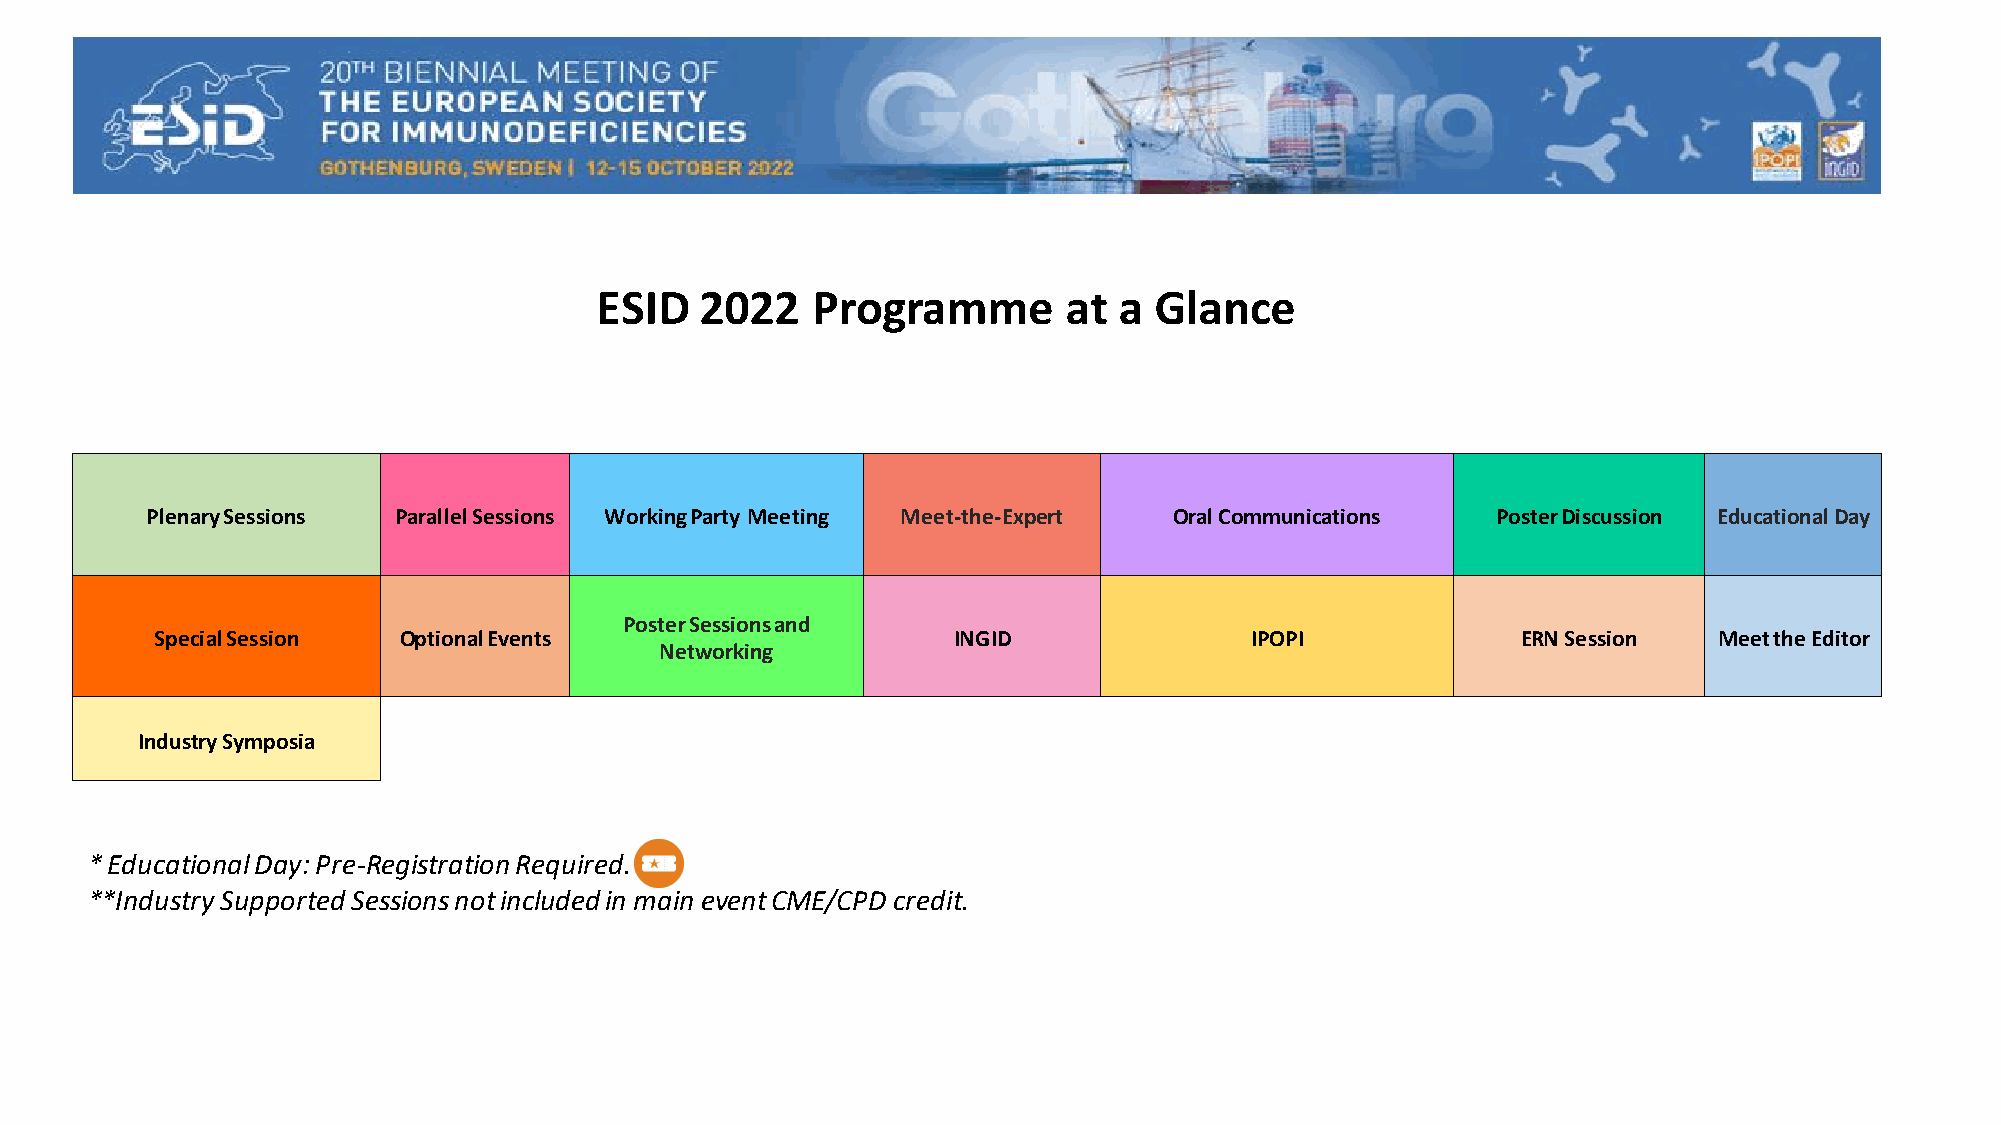
ESID   2022    Programme        at a Glance
 Plenary Sessions Parallel Sessions Working Party Meeting Meet-the-Expert Oral Communications Poster Discussion Educational Day
 Poster Sessions and
 Special Session Optional Events                      INGID               IPOPI             ERN Session  Meet the Editor
 Networking
 Industry Symposia
 * Educational Day: Pre-Registration Required.
 **Industry Supported Sessions not included in main event CME/CPD credit.